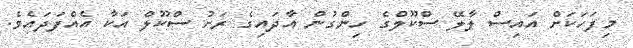
މިފަހަކަށް އައިސް ލާލޭ ސްކޫލްގެ ހިންގުން އާދައިގެ ރަށު ސްކޫލް އަކާ އެއްފަދައެވެ.